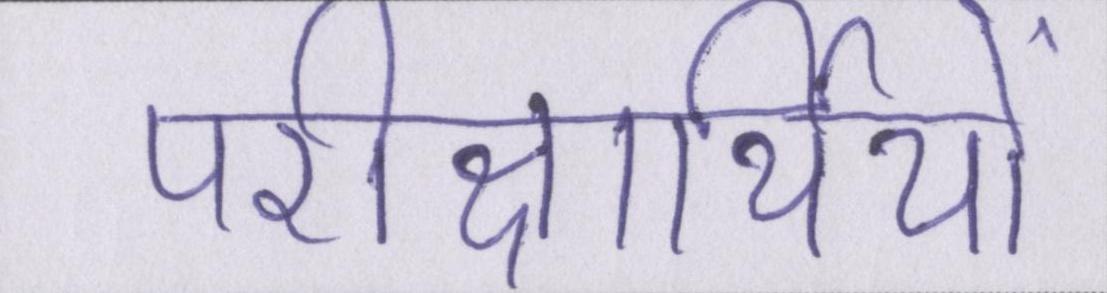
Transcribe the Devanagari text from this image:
परीक्षार्थियों